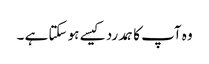
وہ آپ کا ہمدرد کیسے ہو سکتا ہے ۔